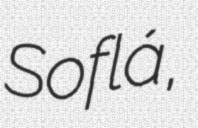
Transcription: Soflá,